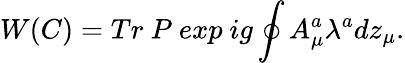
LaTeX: W(C)=Tr~P~exp~ig\oint A_{\mu}^{a}\lambda^{a}dz_{\mu}.